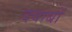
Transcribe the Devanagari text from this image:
दवाबों